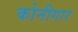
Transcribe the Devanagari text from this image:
कोनीगार